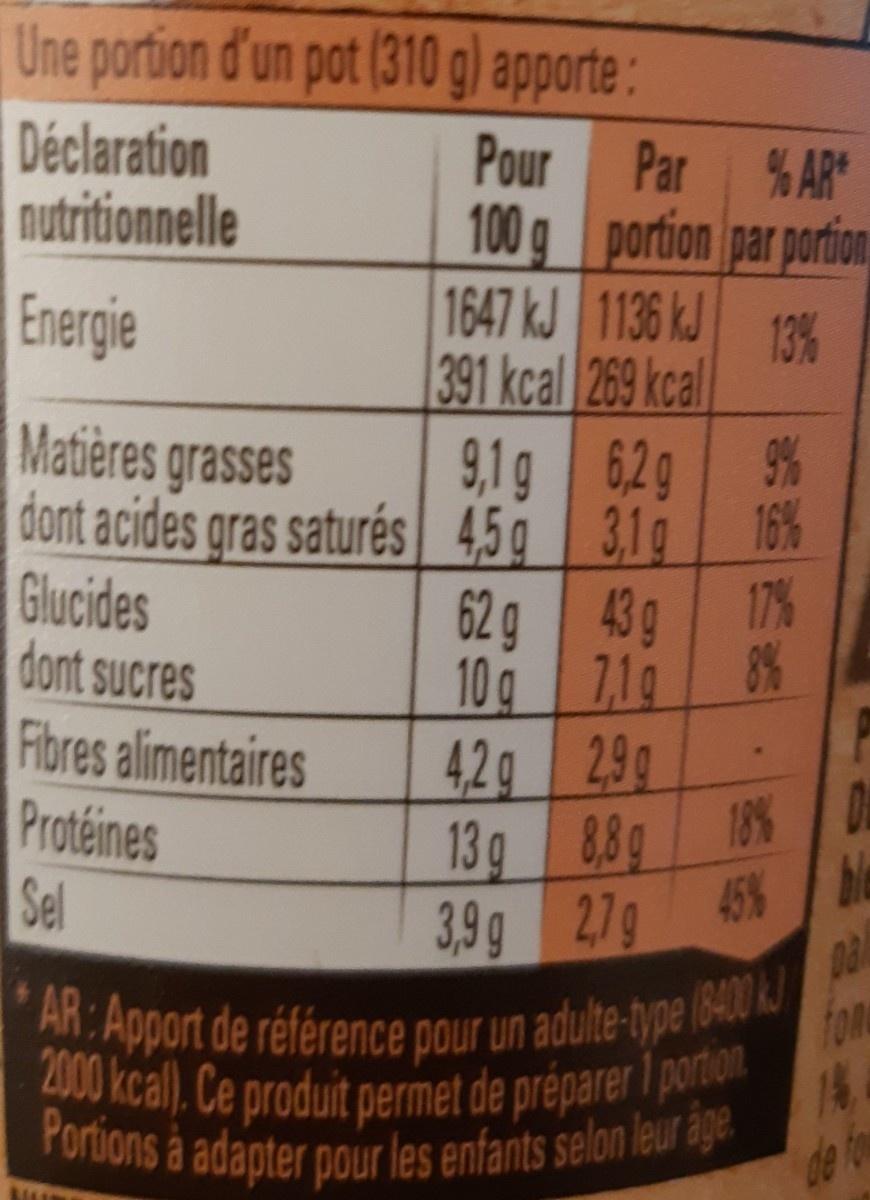
Une portion d'un pot (310 g) apporte:
Déclaration nutritionnelle
Pour Par % AR 100g portion par porion 1647 kJ 1136 kJ
Energie
13% 391 kcal 269 kcal
Matières grasses
9,1g 62g dont acides gras saturés 4,5g 31g 16%
9%
Glucides dont sucres
17% 62g 43g 8%
Fibres alimentaires Protéines Sel
10g 7,19 42g 29g 13g 88g 3,9g 27g 45% ble
18% D
Da
* AR: Apport de référence pour un adulte-type (8400 2000 kcal). Ce produit permet de préparer 1porton
fon
14
Portions à adapter pour les enfants selon leur age. de to